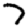
Digit: 7